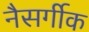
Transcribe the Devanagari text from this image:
नैसर्गीक